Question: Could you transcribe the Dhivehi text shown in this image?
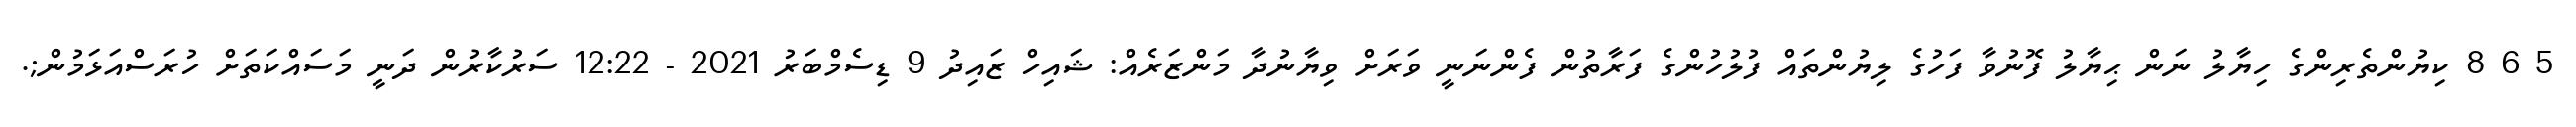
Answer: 5 6 8 ކިޔުންތެރިންގެ ހިޔާލު ނަން ޙިޔާލު ފޮނުވާ ފަހުގެ ލިޔުންތައް ފުލުހުންގެ ފަރާތުން ފެންނަނީ ވަރަށް ވިޔާނުދާ މަންޒަރެއް: ޝައިހް ޒައިދު 9 ޑިސެމްބަރު 2021 - 12:22 ސަރުކާރުން ދަނީ މަސައްކަތަށް ހުރަސްއަޅަމުން;.